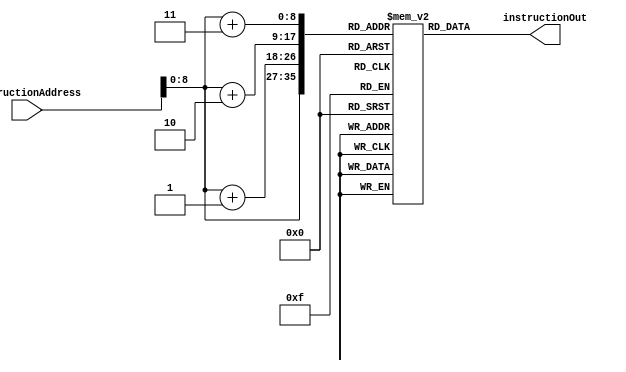
module InstructionMemory(instructionOut,instructionAddress);
// input clock;
input [31:0] instructionAddress;
output reg [31:0] instructionOut;
reg[7:0] instructionMemory[511:0];

initial
	begin
// <<<<<<< HEAD
// 		//add $t0, $t0, $0
// 		instructionMemory[0] = 8'b000000_01;
// 		instructionMemory[1] = 8'b000_00000;
// 		instructionMemory[2] = 8'b01000_000;
// 		instructionMemory[3] = 8'b00_100000;

// 		//add $t0, $t0, $0
// 		instructionMemory[4] = 8'b000000_01;
// 		instructionMemory[5] = 8'b000_00000;
// 		instructionMemory[6] = 8'b01000_000;
// 		instructionMemory[7] = 8'b00_100000;

// 		//sub $t0, $t0, $0
// 		instructionMemory[8] = 8'b000000_01;
// 		instructionMemory[9] = 8'b000_00000;
// 		instructionMemory[10] = 8'b01000_000;
// 		instructionMemory[11] = 8'b00_100010;

// 		//addi $t0,$t0,8
// 		instructionMemory[12] = 8'b001000_01;
// 		instructionMemory[13] = 8'b000_01000;
// 		instructionMemory[14] = 8'b00000000;
// 		instructionMemory[15] = 8'b00001000;

// 		//lw $t0, 0($0)
// 		instructionMemory[16] = 8'b100011_00;
// 		instructionMemory[17] = 8'b000_01000;
// 		instructionMemory[18] = 8'b00000000;
// 		instructionMemory[19] = 8'b00000000;

// 		//sw $t0, 0($0)
// 		instructionMemory[20] = 8'b101011_00;
// 		instructionMemory[21] = 8'b000_01000;
// 		instructionMemory[22] = 8'b00000000;
// 		instructionMemory[23] = 8'b00000000;

// 		//lh $t0, 0($0)
// 		instructionMemory[24] = 8'b100001_00;
// 		instructionMemory[25] = 8'b000_01000;
// 		instructionMemory[26] = 8'b00000000;
// 		instructionMemory[27] = 8'b00000000;

// 		//lhu $t0, 0($0)
// 		instructionMemory[28] = 8'b100101_00;
// 		instructionMemory[29] = 8'b000_01000;
// 		instructionMemory[30] = 8'b00000000;
// 		instructionMemory[31] = 8'b00000000;

// 		//and $t0, $t0, 0
// 		instructionMemory[32] = 8'b000000_01;
// 		instructionMemory[33] = 8'b000_00000;
// 		instructionMemory[34] = 8'b01000_000;
// 		instructionMemory[35] = 8'b00_100100;

// 		//or $t0, $t0, 0
// 		instructionMemory[36] = 8'b000000_01;
// 		instructionMemory[37] = 8'b000_00000;
// 		instructionMemory[38] = 8'b01000_000;
// 		instructionMemory[39] = 8'b00_100111;

// 		//sll $t0, $t0, 0
// 		instructionMemory[40] = 8'b000000_00;
// 		instructionMemory[41] = 8'b000_01000;
// 		instructionMemory[42] = 8'b01000_000;
// 		instructionMemory[43] = 8'b10_000000;

// 		//srl $t0, $t0, 0
// 		instructionMemory[44] = 8'b000000_00;
// 		instructionMemory[45] = 8'b000_01000;
// 		instructionMemory[46] = 8'b01000_000;
// 		instructionMemory[47] = 8'b10_000010;

// 		//slt $t0, $t0, 0
// 		instructionMemory[48] = 8'b000000_01;
// 		instructionMemory[49] = 8'b000_00000;
// 		instructionMemory[50] = 8'b01000_000;
// 		instructionMemory[51] = 8'b00_101010;

// 		//sltu $t0, $t0, 0
// 		instructionMemory[52] = 8'b000000_01;
// 		instructionMemory[53] = 8'b000_00000;
// 		instructionMemory[54] = 8'b01000_000;
// 		instructionMemory[55] = 8'b00_101011;

// 		//beq $t0, $t0, 0
// 		instructionMemory[440] = 8'b000100_01;
// 		instructionMemory[450] = 8'b000_01000;
// 		instructionMemory[460] = 8'b00000_000;
// 		instructionMemory[470] = 8'b00_000000;
// =======
		//Arithmetic:
		//addi $t0,$t0,8 //Check
		instructionMemory[0] = 8'b001000_01;
		instructionMemory[1] = 8'b000_01000;
		instructionMemory[2] = 8'b00000000;
		instructionMemory[3] = 8'b00001000;

		//addi $t0,$t0,8 //Check
		instructionMemory[4] = 8'b001000_01;
		instructionMemory[5] = 8'b000_01000;
		instructionMemory[6] = 8'b00000000;
		instructionMemory[7] = 8'b00001000;

		//addi $t0,$t0,8 //Check
		instructionMemory[8] = 8'b001000_01;
		instructionMemory[9] = 8'b000_01000;
		instructionMemory[10] = 8'b00000000;
		instructionMemory[11] = 8'b00001000;

		//addi $t0,$t0,8 //Check
		instructionMemory[12] = 8'b001000_01;
		instructionMemory[13] = 8'b000_01000;
		instructionMemory[14] = 8'b00000000;
		instructionMemory[15] = 8'b00001000;

		//addi $t0,$t0,8 //Check
		instructionMemory[16] = 8'b001000_01;
		instructionMemory[17] = 8'b000_01000;
		instructionMemory[18] = 8'b00000000;
		instructionMemory[19] = 8'b00001000;

		//sw $t0, 0($0)
		instructionMemory[20] = 8'b101011_00;
		instructionMemory[21] = 8'b000_01000;
		instructionMemory[22] = 8'b00000000;
		instructionMemory[23] = 8'b00000000;

		//addi $t0,$t0,8 //Check
		instructionMemory[24] = 8'b001000_01;
		instructionMemory[25] = 8'b000_01000;
		instructionMemory[26] = 8'b00000000;
		instructionMemory[27] = 8'b00001000;

		//addi $t0,$t0,8 //Check
		instructionMemory[28] = 8'b001000_01;
		instructionMemory[29] = 8'b000_01000;
		instructionMemory[30] = 8'b00000000;
		instructionMemory[31] = 8'b00001000;

		//addi $t0,$t0,8 //Check
		instructionMemory[32] = 8'b001000_01;
		instructionMemory[33] = 8'b000_01000;
		instructionMemory[34] = 8'b00000000;
		instructionMemory[35] = 8'b00001000;

		//addi $t0,$t0,8 //Check
		instructionMemory[36] = 8'b001000_01;
		instructionMemory[37] = 8'b000_01000;
		instructionMemory[38] = 8'b00000000;
		instructionMemory[39] = 8'b00001000;

		//addi $t0,$t0,8 //Check
		instructionMemory[40] = 8'b001000_01;
		instructionMemory[41] = 8'b000_01000;
		instructionMemory[42] = 8'b00000000;
		instructionMemory[43] = 8'b00001000;

		// lw $t1, 0($t0)
		instructionMemory[44] = 8'b100011_01;
		instructionMemory[45] = 8'b000_01001;
		instructionMemory[46] = 8'b00000000;
		instructionMemory[47] = 8'b00000000;
	// //_____________________________________________________
	// 	//Load/Store:

	// 	//lw
	// 	instructionMemory[12] = 8'b00000000;
	// 	instructionMemory[13] = 8'b00000000;
	// 	instructionMemory[14] = 8'b00000000;
	// 	instructionMemory[15] = 8'b00000000;

	// 	//sw
	// 	instructionMemory[16] = 8'b00000000;
	// 	instructionMemory[17] = 8'b00000000;
	// 	instructionMemory[18] = 8'b00000000;
	// 	instructionMemory[19] = 8'b00000000;
	// //_____________________________________________________

	// 	//Logic:
	// 	//and
	// 	instructionMemory[20] = 8'b00000000;
	// 	instructionMemory[21] = 8'b00000000;
	// 	instructionMemory[22] = 8'b00000000;
	// 	instructionMemory[23] = 8'b00000000;

	// 	//or
	// 	instructionMemory[24] = 8'b00000000;
	// 	instructionMemory[25] = 8'b00000000;
	// 	instructionMemory[26] = 8'b00000000;
	// 	instructionMemory[27] = 8'b00000000;

	// 	//sll
	// 	instructionMemory[28] = 8'b00000000;
	// 	instructionMemory[29] = 8'b00000000;
	// 	instructionMemory[30] = 8'b00000000;
	// 	instructionMemory[31] = 8'b00000000;


	// 	//srl
	// 	instructionMemory[32] = 8'b00000000;
	// 	instructionMemory[33] = 8'b00000000;
	// 	instructionMemory[34] = 8'b00000000;
	// 	instructionMemory[35] = 8'b00000000;

	// 	// andi
	// 	instructionMemory[36] = 8'b00000000;
	// 	instructionMemory[37] = 8'b00000000;
	// 	instructionMemory[38] = 8'b00000000;
	// 	instructionMemory[39] = 8'b00000000;

	// 	// ori
	// 	instructionMemory[40] = 8'b00000000;
	// 	instructionMemory[41] = 8'b00000000;
	// 	instructionMemory[42] = 8'b00000000;
	// 	instructionMemory[43] = 8'b00000000;
	// //_____________________________________________________
	// 	//Control Flow

	// 	//beq
	// 	instructionMemory[44] = 8'b00000000;
	// 	instructionMemory[45] = 8'b00000000;
	// 	instructionMemory[46] = 8'b00000000;
	// 	instructionMemory[47] = 8'b00000000;

	// 	//beq
	// 	instructionMemory[48] = 8'b00000000;
	// 	instructionMemory[49] = 8'b00000000;
	// 	instructionMemory[50] = 8'b00000000;
	// 	instructionMemory[51] = 8'b00000000;

	// 	//bne
	// 	instructionMemory[52] = 8'b00000000;
	// 	instructionMemory[53] = 8'b00000000;
	// 	instructionMemory[54] = 8'b00000000;
	// 	instructionMemory[55] = 8'b00000000;
	// //_____________________________________________________

	// 	// Comparison
	// 	//slt
	// 	instructionMemory[56] = 8'b00000000;
	// 	instructionMemory[57] = 8'b00000000;
	// 	instructionMemory[58] = 8'b00000000;
	// 	instructionMemory[59] = 8'b00000000;

	// 	//slt
	// 	instructionMemory[60] = 8'b00000000;
	// 	instructionMemory[61] = 8'b00000000;
	// 	instructionMemory[62] = 8'b00000000;
	// 	instructionMemory[63] = 8'b00000000;
// >>>>>>> 09897eb18c19b84d7e1470dc9cd7b7373bf7277e
	end

always@(instructionAddress)
	begin
		// $display("instructionAddress: %b", instructionAddress);
		instructionOut = {instructionMemory[instructionAddress],
						instructionMemory[instructionAddress + 1],
						instructionMemory[instructionAddress + 2],
						instructionMemory[instructionAddress + 3]};
	end
endmodule

// module InstructionMemory_tb;
// reg [31:0] instructionAddressIn;
// wire [31:0] instruction;

// InstructionMemory instMemory(instruction, instructionAddressIn);


// initial
// 	begin
// 		#5 instructionAddressIn <= 32'b00000000_00000000_00000000_00000000;
// 		#10 instructionAddressIn <= 32'b00000000_00000000_00000000_00000100;

// 		# 100000 $finish;
// 	end

// 	always@(instructionAddressIn) begin
// 		$display("%t PC In is %b", $time, instructionAddressIn);
// 	end
// 	always@(instruction) begin
// 		$display("%t Instruction Out is %b", $time, instruction);
// 	end

// endmodule